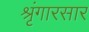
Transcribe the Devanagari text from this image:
श्रृंगारसार